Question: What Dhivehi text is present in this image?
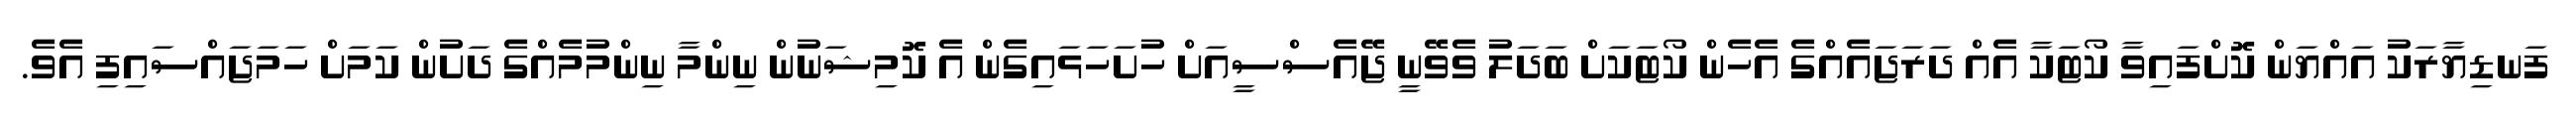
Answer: ފަނޑިޔާރަކު އައްޔަން ކޮށްފައިވާ ކޯޓަކާ އެއް ދަރަޖައެއްގެ އެހެން ކޯޓަކަށް ބަދަލު ވެވޭނީ ޖޭއެސްސީއަށް ހުށަހަޅައިގެން އެ ކޮމިޝަނުން ނިންމާ ނިންމުމެއްގެ ދަށުން ކަމަށް ހަމަޖައްސައިފި އެވެ.